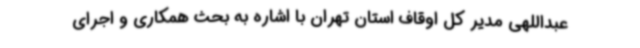
عبداللهی مدیر کل اوقاف استان تهران با اشاره به بحث همکاری و اجرای